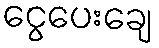
ငွေပေးချေ